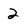
Character: 2